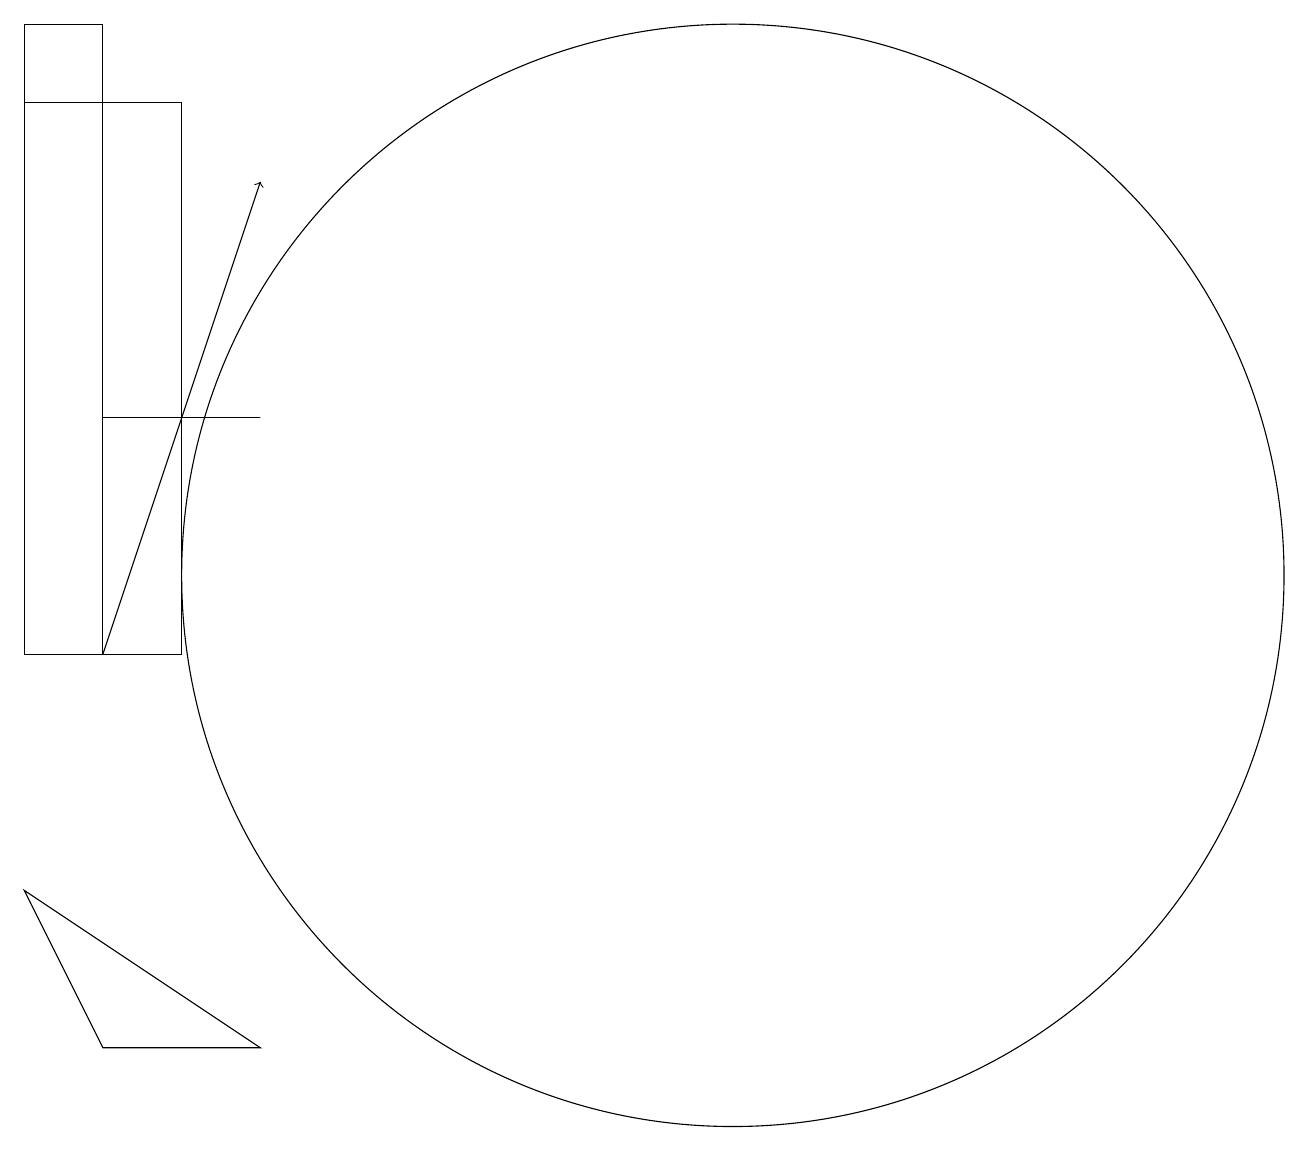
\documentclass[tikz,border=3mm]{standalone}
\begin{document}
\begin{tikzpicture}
\draw (11,11) circle (7);
\draw[->] (3,10) -- (5,16);
\draw (12,12) circle (0);
\draw (5,13) rectangle (3,13);
\draw (2,10) rectangle (4,17);
\draw (2,7) -- (3,5) -- (5,5) -- cycle;
\draw (2,10) rectangle (3,18);
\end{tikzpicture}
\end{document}